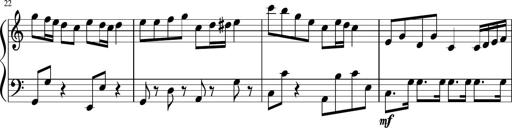
Title: Sonatine Nr.1 in C-Dur
Composer: DÃ©sirÃ©e Manns
Key: C major